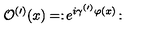
\mathcal { O } ^ { ( \prime ) } ( x ) = : \! e ^ { i \gamma ^ { ( \prime ) } \varphi ( x ) } \! :